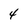
Character: 4